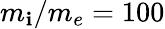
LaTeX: m_{\mathbf{i}}/m_{e}=100